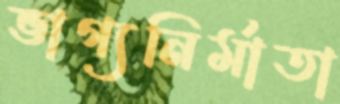
ভাগ্যনির্মাতা